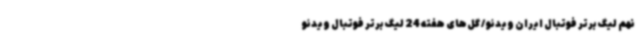
نهم لیگ برتر فوتبال ایران ویدئو / گل‌های هفته 24 لیگ برتر فوتبال ویدئو